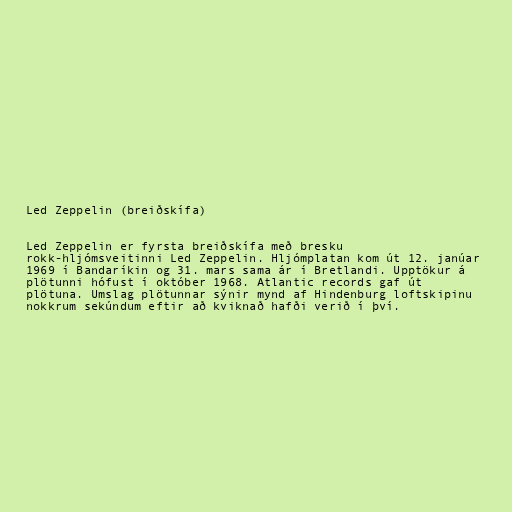
Led Zeppelin (breiðskífa)

Led Zeppelin er fyrsta breiðskífa með bresku
rokk-hljómsveitinni Led Zeppelin. Hljómplatan kom út 12. janúar
1969 í Bandaríkin og 31. mars sama ár í Bretlandi. Upptökur á
plötunni hófust í október 1968. Atlantic records gaf út
plötuna. Umslag plötunnar sýnir mynd af Hindenburg loftskipinu
nokkrum sekúndum eftir að kviknað hafði verið í því.